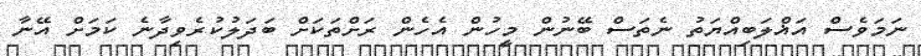
ނަމަވެސް އަޣްލަބިއްޔަތު ނެތަސް ބޭނުން މީހުން އެހެން ރަށްތަކަށް ބަދަލުކުރެވިދާނެ ކަމަށް އޭނާ